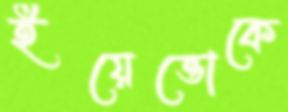
ইয়েত্তোকে